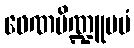
ဖေဏပိဏ္ဍူပမံ